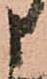
申